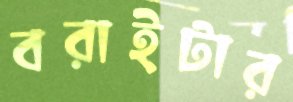
বরাইটার